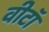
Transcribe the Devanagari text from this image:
वीटॉ